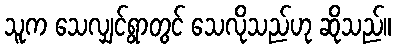
သူက သေလျှင်ရွာတွင် သေလိုသည်ဟု ဆိုသည်။